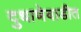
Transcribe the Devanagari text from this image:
दुधाणेवाडीत